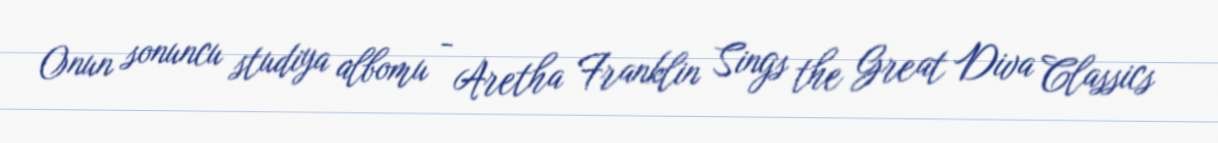
Onun sonuncu studiya albomu - Aretha Franklin Sings the Great Diva Classics